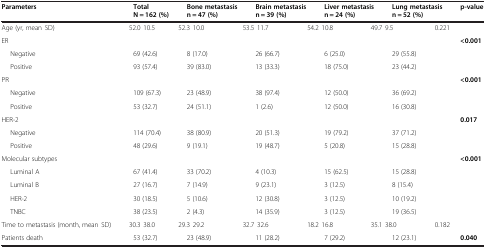
| Parameters | Total N = 162 (%) | Bone metastasis n = 47 (%) | Brain metastasis n = 39 (%) | Liver metastasis n = 24 (%) | Lung metastasis n = 52 (%) | p-value |
 | --- | --- | --- | --- | --- | --- | --- |
 | Age (yr, mean ± SD) | 52.0 ± 10.5 | 52.3 ± 10.0 | 53.5 ± 11.7 | 54.2 ± 10.8 | 49.7 ± 9.5 | 0.221 |
 | ER |  |  |  |  |  | <0.001 |
 | Negative | 69 (42.6) | 8 (17.0) | 26 (66.7) | 6 (25.0) | 29 (55.8) |  |
 | Positive | 93 (57.4) | 39 (83.0) | 13 (33.3) | 18 (75.0) | 23 (44.2) |  |
 | PR |  |  |  |  |  | <0.001 |
 | Negative | 109 (67.3) | 23 (48.9) | 38 (97.4) | 12 (50.0) | 36 (69.2) |  |
 | Positive | 53 (32.7) | 24 (51.1) | 1 (2.6) | 12 (50.0) | 16 (30.8) |  |
 | HER-2 |  |  |  |  |  | 0.017 |
 | Negative | 114 (70.4) | 38 (80.9) | 20 (51.3) | 19 (79.2) | 37 (71.2) |  |
 | Positive | 48 (29.6) | 9 (19.1) | 19 (48.7) | 5 (20.8) | 15 (28.8) |  |
 | Molecular subtypes |  |  |  |  |  | <0.001 |
 | Luminal A | 67 (41.4) | 33 (70.2) | 4 (10.3) | 15 (62.5) | 15 (28.8) |  |
 | Luminal B | 27 (16.7) | 7 (14.9) | 9 (23.1) | 3 (12.5) | 8 (15.4) |  |
 | HER-2 | 30 (18.5) | 5 (10.6) | 12 (30.8) | 3 (12.5) | 10 (19.2) |  |
 | TNBC | 38 (23.5) | 2 (4.3) | 14 (35.9) | 3 (12.5) | 19 (36.5) |  |
 | Time to metastasis (month, mean ± SD) | 30.3 ± 38.0 | 29.3 ± 29.2 | 32.7 ± 32.6 | 18.2 ± 16.8 | 35.1 ± 38.0 | 0.182 |
 | Patients death | 53 (32.7) | 23 (48.9) | 11 (28.2) | 7 (29.2) | 12 (23.1) | 0.040 |